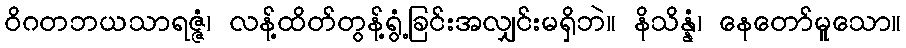
ဝိဂတဘယသာရဇ္ဇံ၊ လန့်ထိတ်တွန့်ရွံ့ခြင်းအလျှင်းမရှိဘဲ။ နိသိန္နံ၊ နေတော်မူသော။